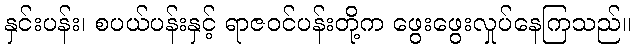
နှင်းပန်း၊ စပယ်ပန်းနှင့် ရာဇဝင်ပန်းတို့က ဖွေးဖွေးလှုပ်နေကြသည်။